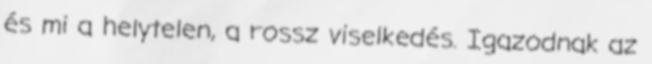
és mi a helytelen, a rossz viselkedés. Igazodnak az